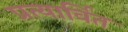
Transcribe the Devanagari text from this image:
प्रत्यार्वित